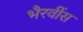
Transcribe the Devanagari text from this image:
भैरवींस